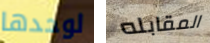
لوحدها المقابله